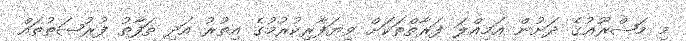
މި މަޝްރޫޢުގެ ދަށުން އަމިއްލަ ފަރާތްތަކަށް ވިޔަފާރިކުރުމުގެ އިތުރު އަދި ތަފާތު ފުރުޞަތުތައް